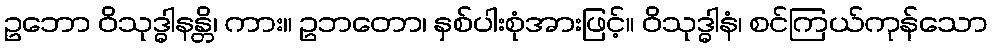
ဥဘော ဝိသုဒ္ဓါနန္တိ၊ ကား။ ဥဘတော၊ နှစ်ပါးစုံအားဖြင့်။ ဝိသုဒ္ဓါနံ၊ စင်ကြယ်ကုန်သော